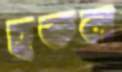
হকল